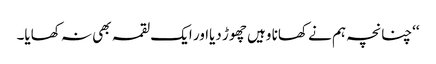
‘‘چنانچہ ہم نے کھانا وہیں چھوڑ دیااور ایک لقمہ بھی نہ کھایا۔